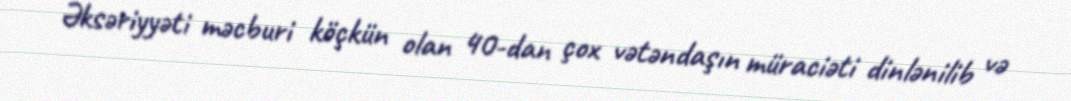
Əksəriyyəti məcburi köçkün olan 40-dan çox vətəndaşın müraciəti dinlənilib və